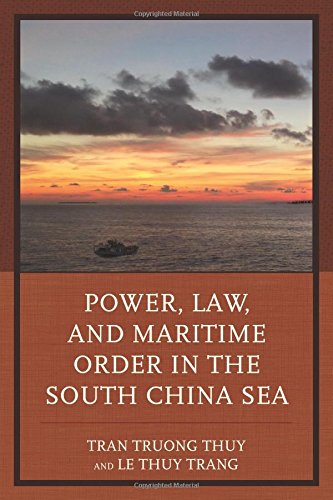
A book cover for Power, Law, and Maritime Order in the South China Sea; Law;